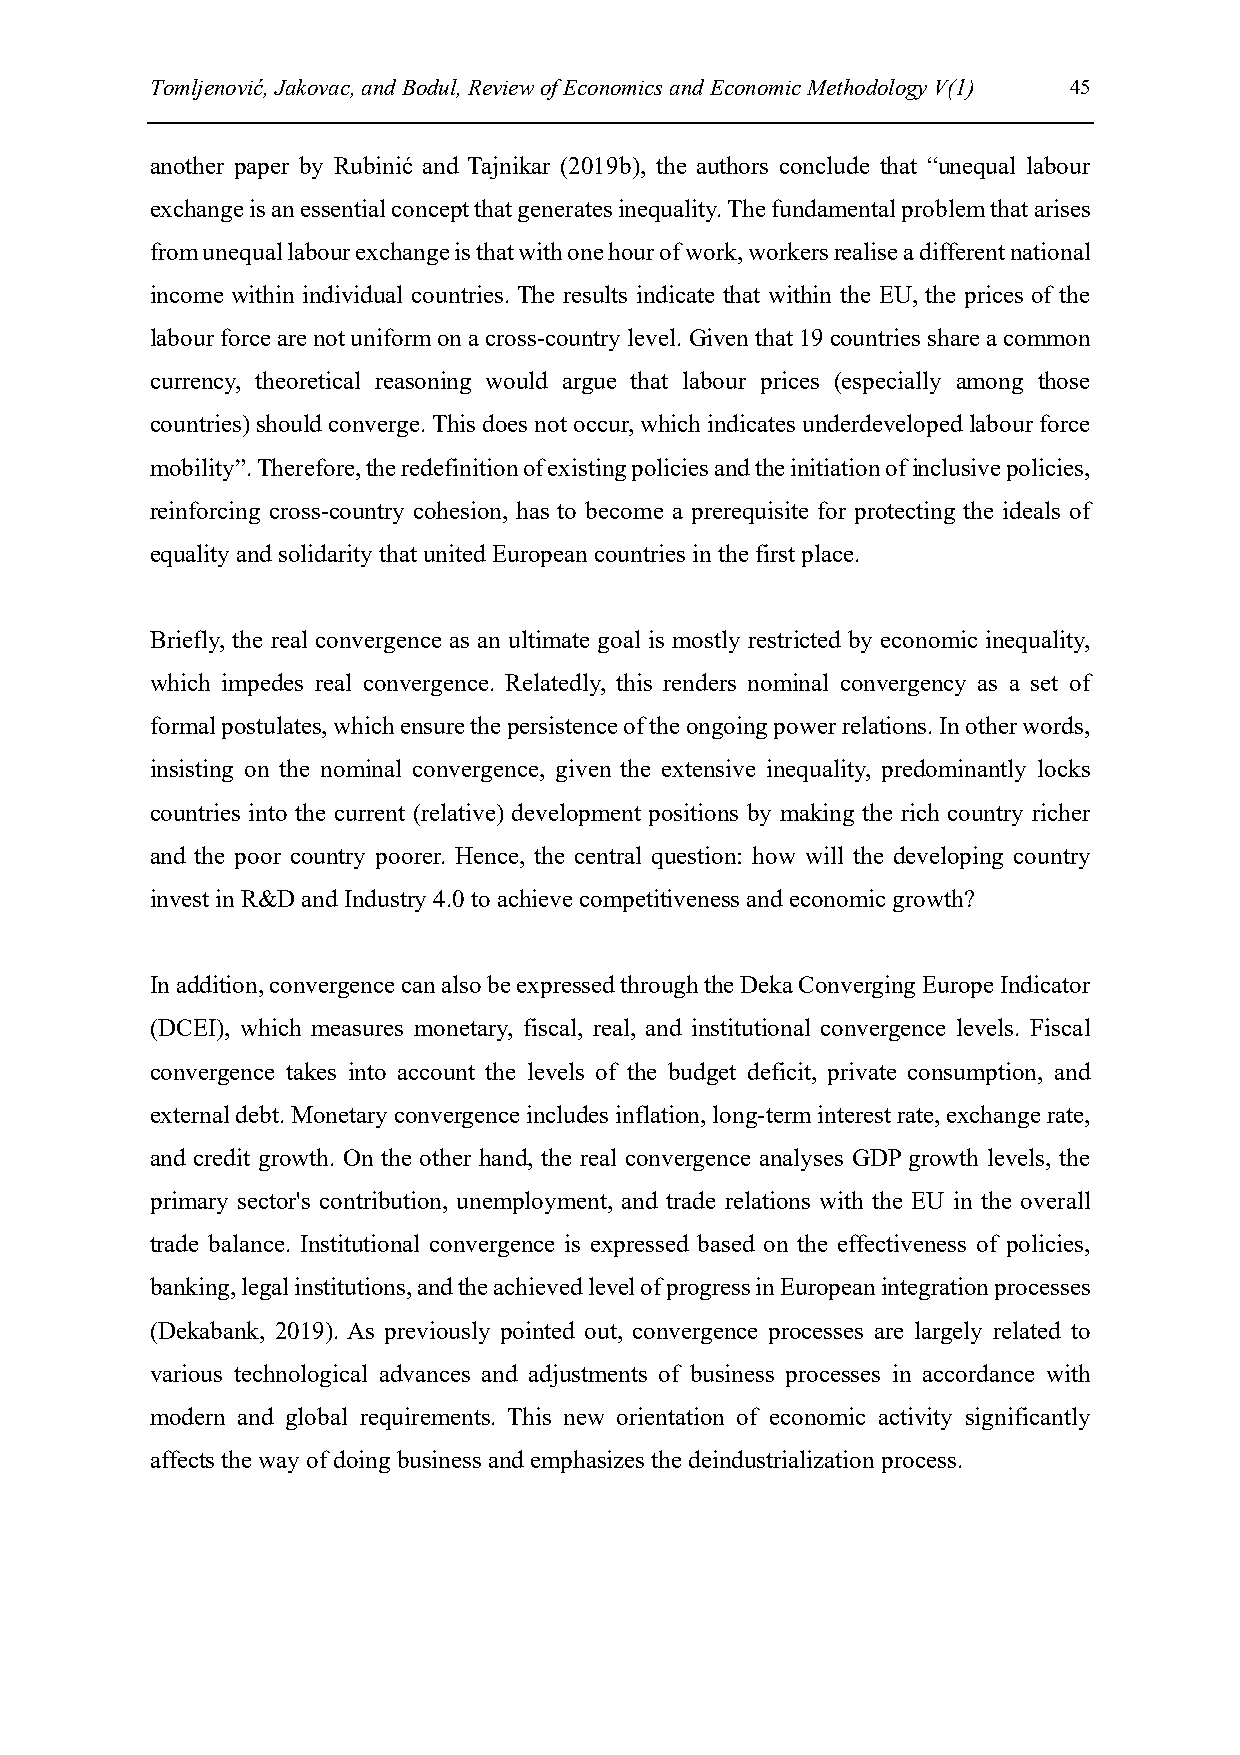
Tomljenović, Jakovac, and Bodul, Review of Economics and Economic Methodology V(1) 45
 another paper by Rubinić and Tajnikar (2019b), the authors conclude that “unequal labour
 exchange is an essential concept that generates inequality. The fundamental problem that arises
 from unequal labour exchange is that with one hour of work, workers realise a different national
 income within individual countries. The results indicate that within the EU, the prices of the
 labour force are not uniform on a cross-country level. Given that 19 countries share a common
 currency, theoretical reasoning would argue that labour prices (especially among those
 countries) should converge. This does not occur, which indicates underdeveloped labour force
 mobility”. Therefore, the redefinition of existing policies and the initiation of inclusive policies,
 reinforcing cross-country cohesion, has to become a prerequisite for protecting the ideals of
 equality and solidarity that united European countries in the first place.
 Briefly, the real convergence as an ultimate goal is mostly restricted by economic inequality,
 which impedes real convergence. Relatedly, this renders nominal convergency as a set of
 formal postulates, which ensure the persistence of the ongoing power relations. In other words,
 insisting on the nominal convergence, given the extensive inequality, predominantly locks
 countries into the current (relative) development positions by making the rich country richer
 and the poor country poorer. Hence, the central question: how will the developing country
 invest in R&D and Industry 4.0 to achieve competitiveness and economic growth?
 In addition, convergence can also be expressed through the Deka Converging Europe Indicator
 (DCEI), which measures monetary, fiscal, real, and institutional convergence levels. Fiscal
 convergence takes into account the levels of the budget deficit, private consumption, and
 external debt. Monetary convergence includes inflation, long-term interest rate, exchange rate,
 and credit growth. On the other hand, the real convergence analyses GDP growth levels, the
 primary sector's contribution, unemployment, and trade relations with the EU in the overall
 trade balance. Institutional convergence is expressed based on the effectiveness of policies,
 banking, legal institutions, and the achieved level of progress in European integration processes
 (Dekabank, 2019). As previously pointed out, convergence processes are largely related to
 various technological advances and adjustments of business processes in accordance with
 modern and global requirements. This new orientation of economic activity significantly
 affects the way of doing business and emphasizes the deindustrialization process.